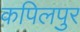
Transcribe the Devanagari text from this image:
कपिलपुर